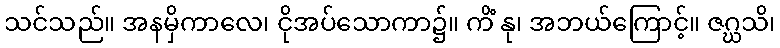
သင်သည်။ အနမှိကာလေ၊ ငိုအပ်သောကာ၌။ ကိံ နု၊ အဘယ်ကြောင့်။ ဇဂ္ဃသိ၊